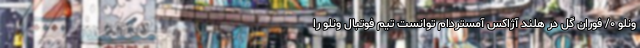
ونلو ۰/ فوران گل در هلند آژاکس آمستردام توانست تیم فوتبال ونلو را